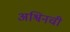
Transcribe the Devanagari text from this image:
अश्विनची